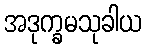
အဒုက္ခမသုခါယ